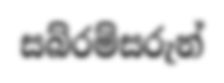
සබ්රම්සරුන්